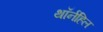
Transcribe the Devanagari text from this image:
थॉर्नहिल